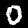
Digit: 0